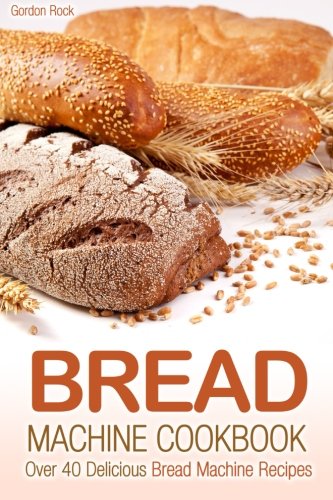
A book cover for Bread Machine Cookbook: Over 40 Delicious Bread Machine Recipes; Gordon Rock; Cookbooks, Food & Wine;